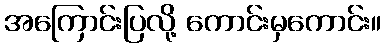
အကြောင်းပြလို့ ကောင်းမှကောင်း။